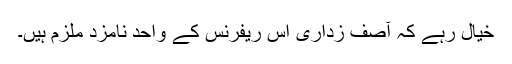
خیال رہے کہ آصف زداری اس ریفرنس کے واحد نامزد ملزم ہیں۔